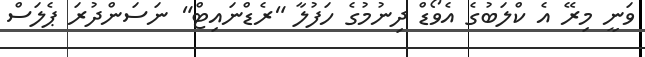
ވަނީ މިރޭ އެ ކްލަބުގެ އެވޯޑް ދިނުމުގެ ހަފުލާ "ރެޑްނައިޓް" ނަސަންދުރަ ޕެލަސް